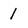
Character: 1